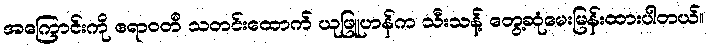
အကြောင်းကို ဧရာဝတီ သတင်းထောက် ယုဖြူဟန်က သီးသန့် တွေ့ဆုံမေးမြန်းထားပါတယ်။